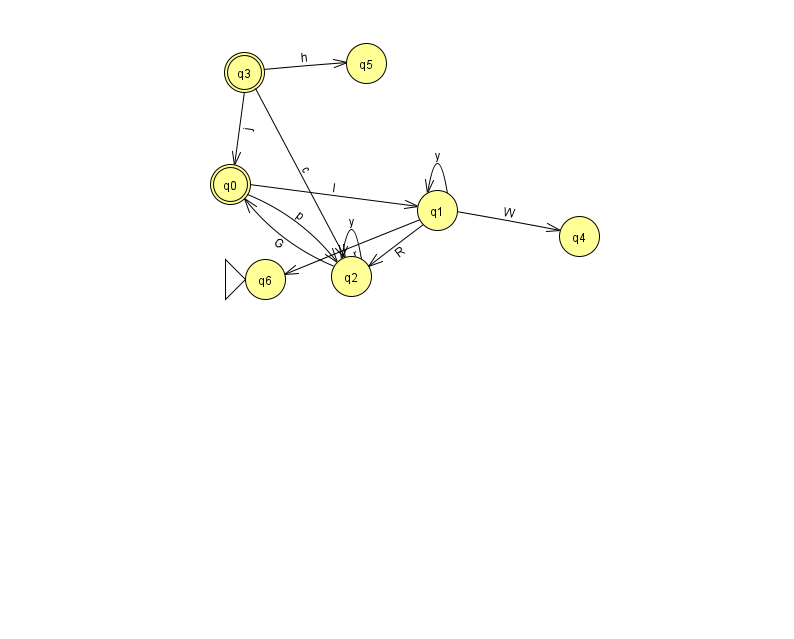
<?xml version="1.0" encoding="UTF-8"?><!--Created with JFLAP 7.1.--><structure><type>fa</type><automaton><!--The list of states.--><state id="0" name="q0"><x>230.0</x><y>171.0</y><final/></state><state id="1" name="q1"><x>437.0</x><y>197.0</y></state><state id="2" name="q2"><x>351.0</x><y>263.0</y></state><state id="3" name="q3"><x>244.0</x><y>59.0</y><final/></state><state id="4" name="q4"><x>579.0</x><y>223.0</y></state><state id="5" name="q5"><x>366.0</x><y>50.0</y></state><state id="6" name="q6"><x>265.0</x><y>266.0</y><initial/></state><!--The list of transitions.--><transition><from>1</from><to>4</to><read>W</read></transition><transition><from>0</from><to>2</to><read>p</read></transition><transition><from>2</from><to>0</to><read>G</read></transition><transition><from>3</from><to>2</to><read>c</read></transition><transition><from>0</from><to>1</to><read>I</read></transition><transition><from>3</from><to>5</to><read>h</read></transition><transition><from>1</from><to>1</to><read>y</read></transition><transition><from>2</from><to>2</to><read>y</read></transition><transition><from>1</from><to>6</to><read>r</read></transition><transition><from>1</from><to>2</to><read>R</read></transition><transition><from>3</from><to>0</to><read>j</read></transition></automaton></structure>